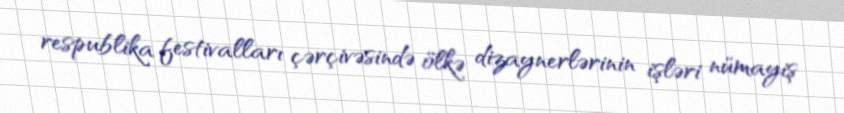
respublika festivalları çərçivəsində ölkə dizaynerlərinin işləri nümayiş